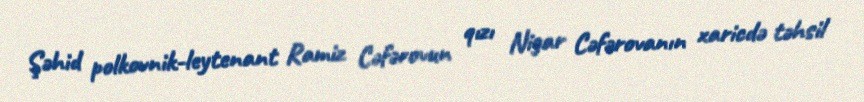
Şəhid polkovnik-leytenant Ramiz Cəfərovun qızı Nigar Cəfərovanın xaricdə təhsil